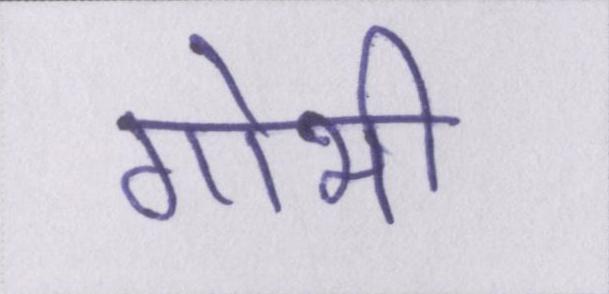
गोभी